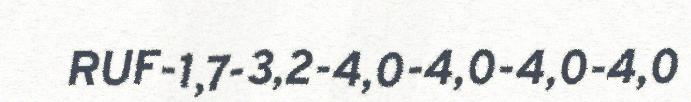
RUF-1,7-3,2-4,0-4,0-4,0-4,0